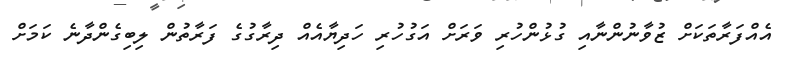
އެއްފަރާތަކަށް ޒުވާނުންނާއި ގުޅުންހުރި ވަރަށް އަގުހުރި ހަދިޔާއެއް ދިރާގުގެ ފަރާތުން ލިބިގެންދާނެ ކަމަށް